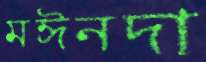
মঈনদা